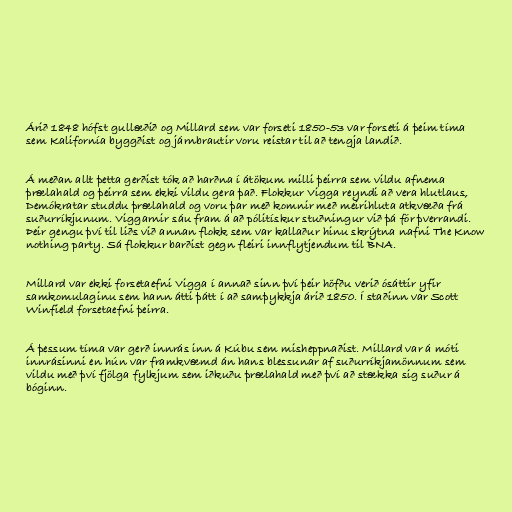
Árið 1848 hófst gullæðið og Millard sem var forseti 1850-53 var forseti á þeim tíma
sem Kalifornía byggðist og járnbrautir voru reistar til að tengja landið.

Á meðan allt þetta gerðist tók að harðna í átökum milli þeirra sem vildu afnema
þrælahald og þeirra sem ekki vildu gera það. Flokkur Vigga reyndi að vera hlutlaus,
Demókratar studdu þrælahald og voru þar með komnir með meirihluta atkvæða frá
suðurríkjunum. Viggarnir sáu fram á að pólitískur stuðningur við þá fór þverrandi.
Þeir gengu því til liðs við annan flokk sem var kallaður hinu skrýtna nafni The Know
nothing party. Sá flokkur barðist gegn fleiri innflytjendum til BNA.

Millard var ekki forsetaefni Vigga í annað sinn því þeir höfðu verið ósáttir yfir
samkomulaginu sem hann átti þátt í að samþykkja árið 1850. Í staðinn var Scott
Winfield forsetaefni þeirra.

Á þessum tíma var gerð innrás inn á Kúbu sem misheppnaðist. Millard var á móti
innrásinni en hún var framkvæmd án hans blessunar af suðurríkjamönnum sem
vildu með því fjölga fylkjum sem iðkuðu þrælahald með því að stækka sig suður á
bóginn.